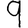
Digit: 9